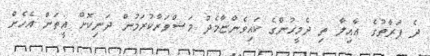
ދެ ފަރާތުގެ ޢާއިލާ ތި ދެމީހުންގެ ކައިވެންޏާމެދު މަޝްވަރާކުރަމުން ދަނިކޮށް އީތަން އެހެން